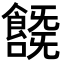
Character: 𩞞